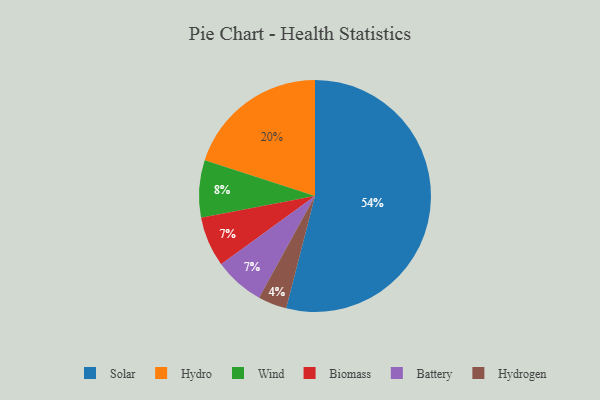
{"axis": {"x": "Category", "y": "Percentage"}, "legend": ["Battery", "Biomass", "Hydro", "Hydrogen", "Solar", "Wind"], "data": [{"x": "Solar", "y": 54, "type": "Solar"}, {"x": "Hydrogen", "y": 4, "type": "Hydrogen"}, {"x": "Biomass", "y": 7, "type": "Biomass"}, {"x": "Wind", "y": 8, "type": "Wind"}, {"x": "Hydro", "y": 20, "type": "Hydro"}, {"x": "Battery", "y": 7, "type": "Battery"}]}